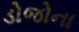
ડોજોના